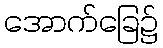
အောက်ခြေ၌